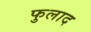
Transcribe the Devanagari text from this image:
फुलाद